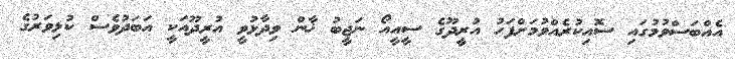
އެއްބަސްވުމުގައި ސޮއިކުރެއްވުމަށްފަހު އުރީދޫގެ ސީއީއޯ ނަޖީބު ޚާން ވިދާޅުވީ އުރީދޫއަކީ އަބަދުވެސް ކުޅިވަރުގެ